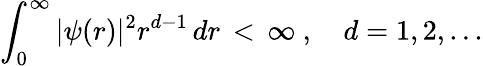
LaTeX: \int_{0}^{\infty}|\psi(r)|^{2}r^{d-1}\, dr\, <\, \infty\ ,\quad d=1,2,...